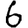
Digit: 6